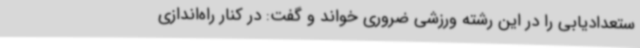
ستعدادیابی را در این رشته ورزشی ضروری خواند و گفت: در کنار راه‌اندازی